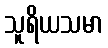
သူရိယသမာ